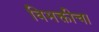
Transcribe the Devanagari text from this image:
विभक्तीचा